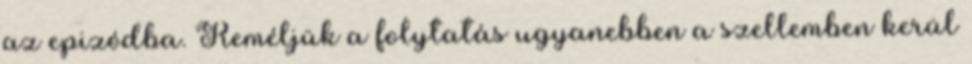
az epizódba. Reméljük a folytatás ugyanebben a szellemben kerül